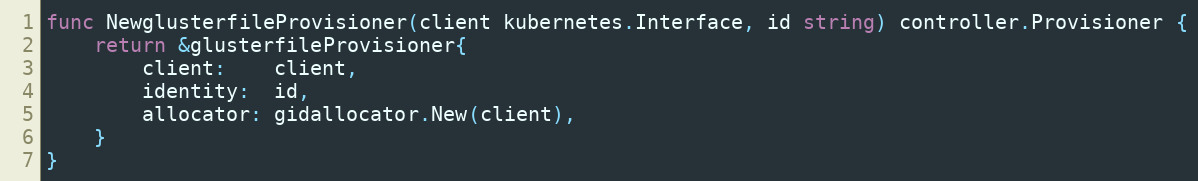
Language: Go
func NewglusterfileProvisioner(client kubernetes.Interface, id string) controller.Provisioner {
	return &glusterfileProvisioner{
		client:    client,
		identity:  id,
		allocator: gidallocator.New(client),
	}
}